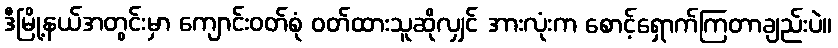
ဒီမြို့နယ်အတွင်းမှာ ကျောင်းဝတ်စုံ ဝတ်ထားသူဆိုလျှင် အားလုံးက စောင့်ရှောက်ကြတာချည်းပဲ။